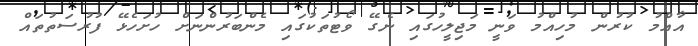
އާއްމު ކުރުން މުހިއްމު ވަނީ މަޖިލީހުގައި ނެގޭ ވޯޓުތަކުގައި މެންބަރުންނަށް ހުށަހެޅޭ ފުރުސަތުތައް